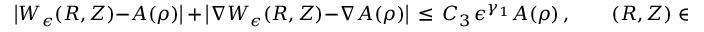
\bigl | W _ { \epsilon } ( R , Z ) - A ( \rho ) \bigr | \, + \, \bigl | \nabla W _ { \epsilon } ( R , Z ) - \nabla A ( \rho ) \bigr | \, \le \, C _ { 3 } \, \epsilon ^ { \gamma _ { 1 } } A ( \rho ) \, , \qquad ( R , Z ) \in \Omega _ { \epsilon } ^ { \prime } \, .